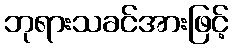
ဘုရားသခင်အားဖြင့်